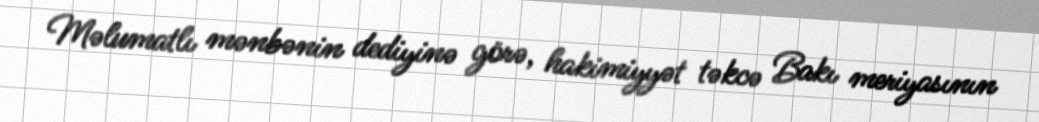
Məlumatlı mənbənin dediyinə görə, hakimiyyət təkcə Bakı meriyasının